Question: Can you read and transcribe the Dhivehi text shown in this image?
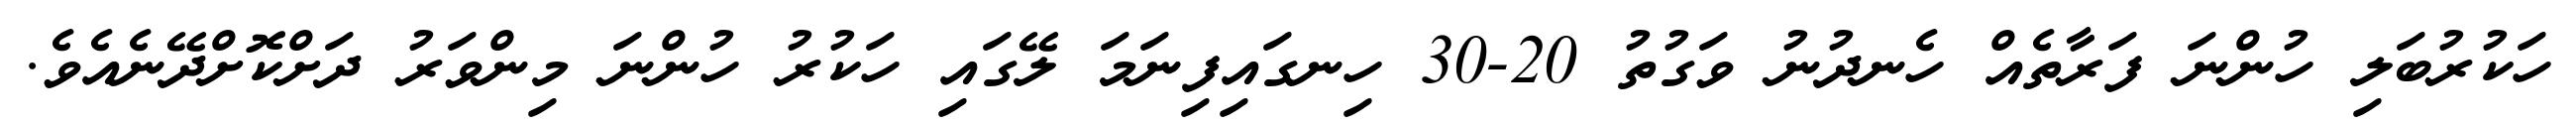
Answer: ހަކުރުބަލި ހުންނަ ފަރާތެއް ހެނދުނު ވަގުތު 20-30 ހިނގައިފިނަމަ ލޭގައި ހަކުރު ހުންނަ މިންވަރު ދަށްކޮށްދޭނެއެވެ.